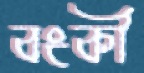
বংকী